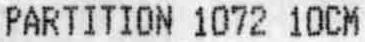
PARTITION 1072 10CM